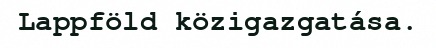
Lappföld közigazgatása.